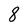
Character: 8